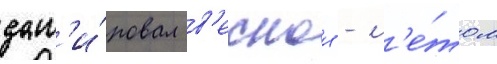
дат'и́ровал в'еснои - л'е́том